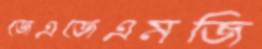
জেএজেএমজি